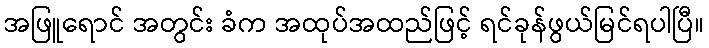
အဖြူရောင် အတွင်း ခံက အထုပ်အထည်ဖြင့် ရင်ခုန်ဖွယ်မြင်ရပါပြီ။